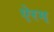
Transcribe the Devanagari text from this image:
ऐरग